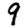
Digit: 9